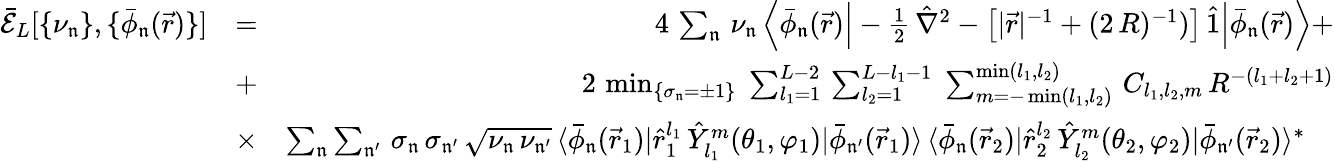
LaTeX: \begin{array}{rlr}{\mathcal{\bar{E}}_{L}[\{ \nu_{\mathfrak{n}}\} ,\{ \bar{\phi}_{\mathfrak{n}}(\vec{r})\} ]}&{=}&{4\, \sum_{\mathfrak{n}}\, \nu_{\mathfrak{n}}\, \Big\langle\bar{\phi}_{\mathfrak{n}}(\vec{r})\Big|-\frac{1}{2}\, \hat{\nabla}^{2}-\big[|\vec{r}|^{-1}+(2\, R)^{-1})\big]\, \hat{1}\Big|\bar{\phi}_{\mathfrak{n}}(\vec{r})\Big\rangle+}\\ &{+}&{\, 2\, \operatorname*{min}_{\{ \sigma_{\mathfrak{n}}=\pm 1\} }\; \sum_{l_{1}=1}^{L-2}\, \sum_{l_{2}=1}^{L-l_{1}-1}\; \sum_{m=-\operatorname*{min}(l_{1},l_{2})}^{\operatorname*{min}(l_{1},l_{2})}\, C_{l_{1},l_{2},m}\, R^{-(l_{1}+l_{2}+1)}}\\ &{\times}&{\sum_{\mathfrak{n}}\sum_{\mathfrak{n^{\prime}}}\, \sigma_{\mathfrak{n}}\, \sigma_{\mathfrak{n^{\prime}}}\, \sqrt{\nu_{\mathfrak{n}}\, \nu_{\mathfrak{n^{\prime}}}}\, \langle\bar{\phi}_{\mathfrak{n}}(\vec{r}_{1})|\hat{r}_{1}^{l_{1}}\, \hat{Y}_{l_{1}}^{m}(\theta_{1},\varphi_{1})|\bar{\phi}_{\mathfrak{n^{\prime}}}(\vec{r}_{1})\rangle\, \langle\bar{\phi}_{\mathfrak{n}}(\vec{r}_{2})|\hat{r}_{2}^{l_{2}}\, \hat{Y}_{l_{2}}^{m}(\theta_{2},\varphi_{2})|\bar{\phi}_{\mathfrak{n^{\prime}}}(\vec{r}_{2})\rangle^{*}\quad}\end{array}